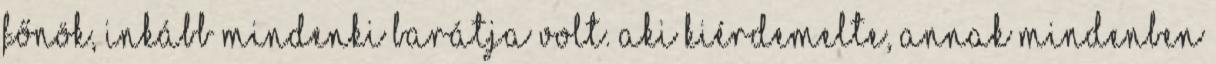
főnök, inkább mindenki barátja volt. Aki ki­érdemelte, annak mindenben